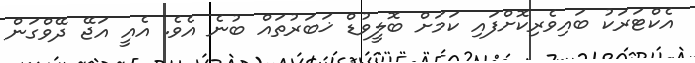
އެކްޓަރަކު ބައިވެރިކޮށްފައި ކަމަށް ބޮލީވުޑް ޚަބަރުތައް ބުނެ އެވެ. އެއީ އަޖޭ ދޭވްގަން